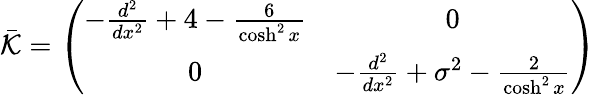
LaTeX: \bar{\cal K}=\left(\begin{array}{cc}{{-\frac{d^{2}}{dx^{2}}+4-\frac{6}{\cosh^{2}x}}}&{{0}}\\ {{0}}&{{-\frac{d^{2}}{dx^{2}}+\sigma^{2}-\frac{2}{\cosh^{2}x}}}\end{array}\right)